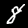
Digit: 8